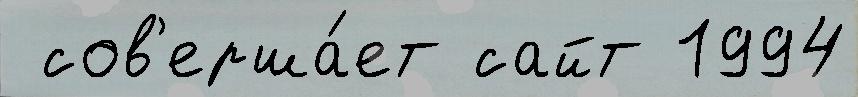
 сов'ерша́ет сайт 1994